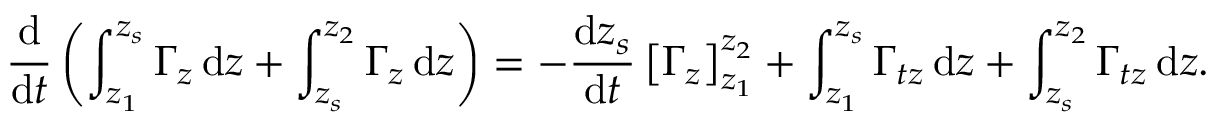
\frac { \mathrm { d } } { \mathrm { d } t } \left( \int _ { z _ { 1 } } ^ { z _ { s } } \Gamma _ { z } \, \mathrm { d } z + \int _ { z _ { s } } ^ { z _ { 2 } } \Gamma _ { z } \, \mathrm { d } z \right) = - \frac { \mathrm { d } z _ { s } } { \mathrm { d } t } \left[ \Gamma _ { z } \right] _ { z _ { 1 } } ^ { z _ { 2 } } + \int _ { z _ { 1 } } ^ { z _ { s } } \Gamma _ { t z } \, \mathrm { d } z + \int _ { z _ { s } } ^ { z _ { 2 } } \Gamma _ { t z } \, \mathrm { d } z .